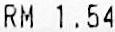
RM 1.54